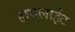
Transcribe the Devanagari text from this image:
हायलाईट